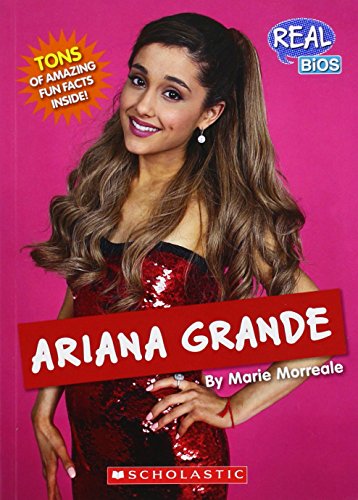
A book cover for Ariana Grande (Real Bios); Marie Morreale; Children's Books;